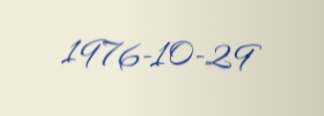
1976-10-29